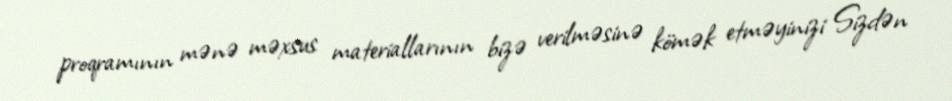
proqramının mənə məxsus materiallarının bizə verilməsinə kömək etməyinizi Sizdən